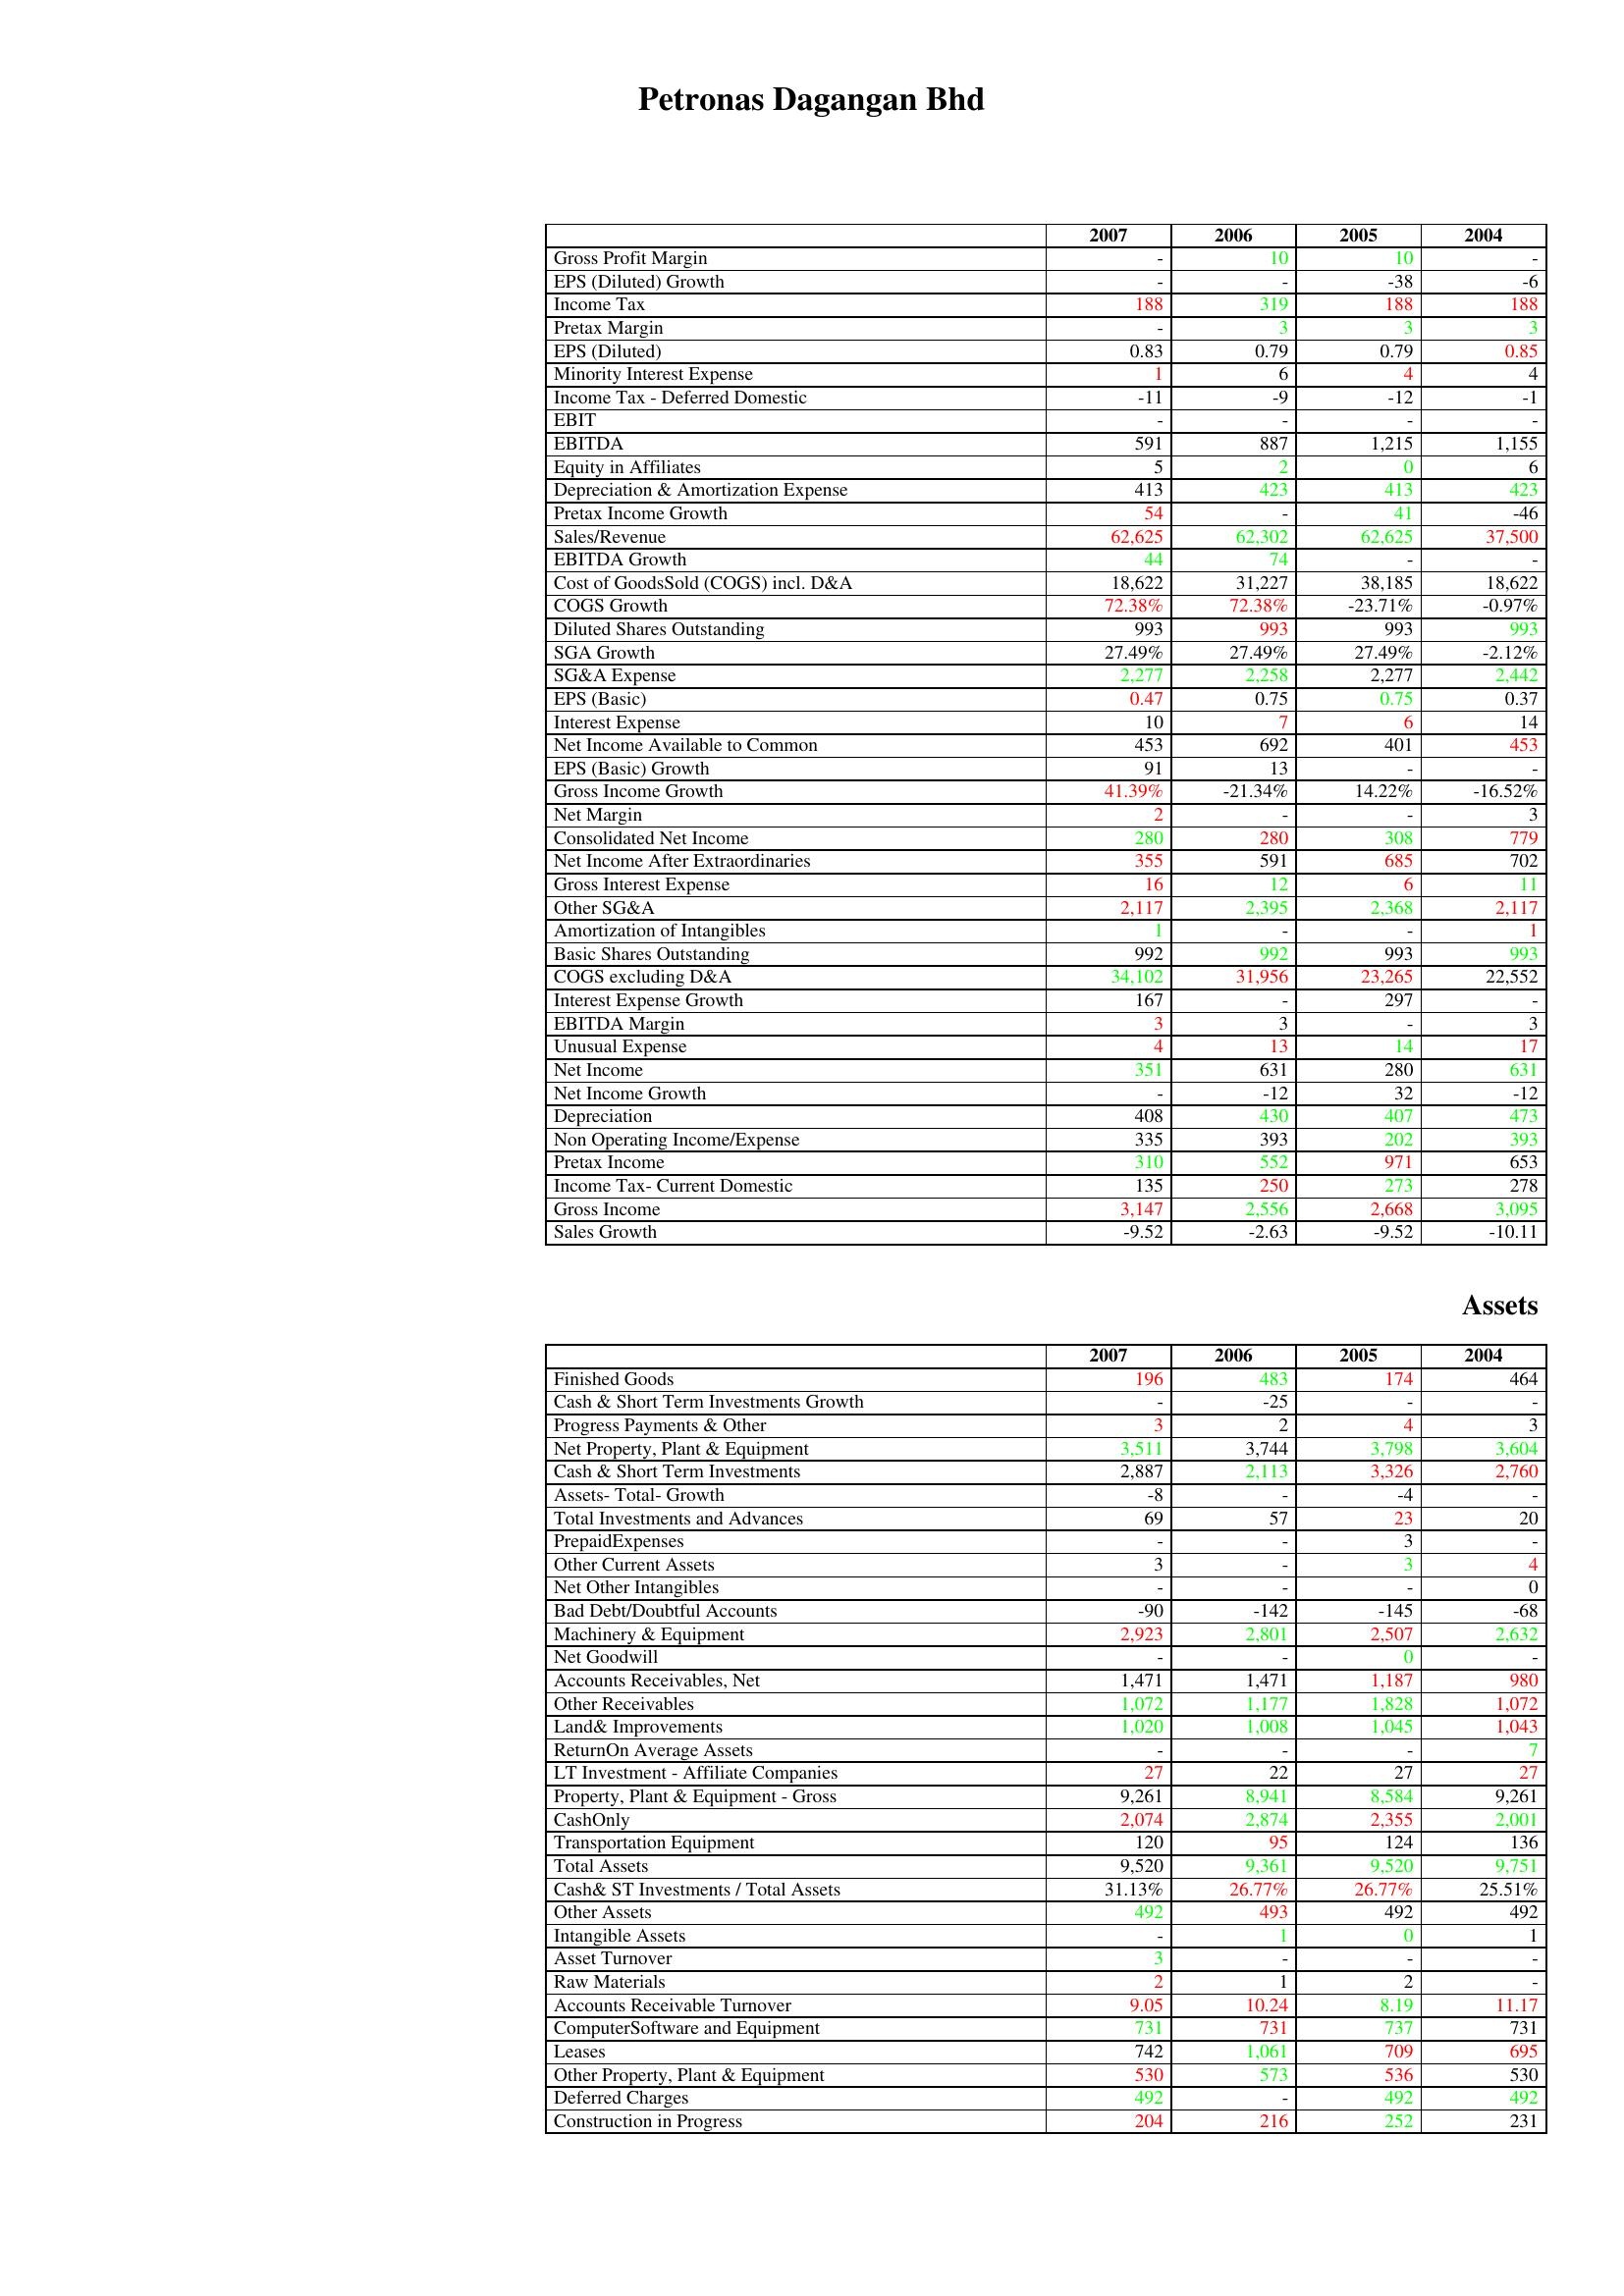
gt_parse: 2007: : Gross Profit Margin: -
EPS (Diluted) Growth: -
Income Tax: 188
Pretax Margin: -
EPS (Diluted): 0.83
Minority Interest Expense: 1
Income Tax - Deferred Domestic: -11
EBIT: -
EBITDA: 591
Equity in Affiliates: 5
Depreciation & Amortization Expense: 413
Pretax Income Growth: 54
Sales/Revenue: 62,625
EBITDA Growth: 44
Cost of GoodsSold (COGS) incl. D&A: 18,622
COGS Growth: 72.38%
Diluted Shares Outstanding: 993
SGA Growth: 27.49%
SG&A Expense: 2,277
EPS (Basic): 0.47
Interest Expense: 10
Net Income Available to Common: 453
EPS (Basic) Growth: 91
Gross Income Growth: 41.39%
Net Margin: 2
Consolidated Net Income: 280
Net Income After Extraordinaries: 355
Gross Interest Expense: 16
Other SG&A: 2,117
Amortization of Intangibles: 1
Basic Shares Outstanding: 992
COGS excluding D&A: 34,102
Interest Expense Growth: 167
EBITDA Margin: 3
Unusual Expense: 4
Net Income: 351
Net Income Growth: -
Depreciation: 408
Non Operating Income/Expense: 335
Pretax Income: 310
Income Tax- Current Domestic: 135
Gross Income: 3,147
Sales Growth: -9.52
Assets: Finished Goods: 196
Cash & Short Term Investments Growth: -
Progress Payments & Other: 3
Net Property, Plant & Equipment: 3,511
Cash & Short Term Investments: 2,887
Assets- Total- Growth: -8
Total Investments and Advances: 69
PrepaidExpenses: -
Other Current Assets: 3
Net Other Intangibles: -
Bad Debt/Doubtful Accounts: -90
Machinery & Equipment: 2,923
Net Goodwill: -
Accounts Receivables, Net: 1,471
Other Receivables: 1,072
Land& Improvements: 1,020
ReturnOn Average Assets: -
LT Investment - Affiliate Companies: 27
Property, Plant & Equipment - Gross : 9,261
CashOnly: 2,074
Transportation Equipment: 120
Total Assets: 9,520
Cash& ST Investments / Total Assets: 31.13%
Other Assets: 492
Intangible Assets: -
Asset Turnover: 3
Raw Materials: 2
Accounts Receivable Turnover: 9.05
ComputerSoftware and Equipment: 731
Leases: 742
Other Property, Plant & Equipment: 530
Deferred Charges: 492
Construction in Progress: 204
2006: : Gross Profit Margin: 10
EPS (Diluted) Growth: -
Income Tax: 319
Pretax Margin: 3
EPS (Diluted): 0.79
Minority Interest Expense: 6
Income Tax - Deferred Domestic: -9
EBIT: -
EBITDA: 887
Equity in Affiliates: 2
Depreciation & Amortization Expense: 423
Pretax Income Growth: -
Sales/Revenue: 62,302
EBITDA Growth: 74
Cost of GoodsSold (COGS) incl. D&A: 31,227
COGS Growth: 72.38%
Diluted Shares Outstanding: 993
SGA Growth: 27.49%
SG&A Expense: 2,258
EPS (Basic): 0.75
Interest Expense: 7
Net Income Available to Common: 692
EPS (Basic) Growth: 13
Gross Income Growth: -21.34%
Net Margin: -
Consolidated Net Income: 280
Net Income After Extraordinaries: 591
Gross Interest Expense: 12
Other SG&A: 2,395
Amortization of Intangibles: -
Basic Shares Outstanding: 992
COGS excluding D&A: 31,956
Interest Expense Growth: -
EBITDA Margin: 3
Unusual Expense: 13
Net Income: 631
Net Income Growth: -12
Depreciation: 430
Non Operating Income/Expense: 393
Pretax Income: 552
Income Tax- Current Domestic: 250
Gross Income: 2,556
Sales Growth: -2.63
Assets: Finished Goods: 483
Cash & Short Term Investments Growth: -25
Progress Payments & Other: 2
Net Property, Plant & Equipment: 3,744
Cash & Short Term Investments: 2,113
Assets- Total- Growth: -
Total Investments and Advances: 57
PrepaidExpenses: -
Other Current Assets: -
Net Other Intangibles: -
Bad Debt/Doubtful Accounts: -142
Machinery & Equipment: 2,801
Net Goodwill: -
Accounts Receivables, Net: 1,471
Other Receivables: 1,177
Land& Improvements: 1,008
ReturnOn Average Assets: -
LT Investment - Affiliate Companies: 22
Property, Plant & Equipment - Gross : 8,941
CashOnly: 2,874
Transportation Equipment: 95
Total Assets: 9,361
Cash& ST Investments / Total Assets: 26.77%
Other Assets: 493
Intangible Assets: 1
Asset Turnover: -
Raw Materials: 1
Accounts Receivable Turnover: 10.24
ComputerSoftware and Equipment: 731
Leases: 1,061
Other Property, Plant & Equipment: 573
Deferred Charges: -
Construction in Progress: 216
2005: : Gross Profit Margin: 10
EPS (Diluted) Growth: -38
Income Tax: 188
Pretax Margin: 3
EPS (Diluted): 0.79
Minority Interest Expense: 4
Income Tax - Deferred Domestic: -12
EBIT: -
EBITDA: 1,215
Equity in Affiliates: 0
Depreciation & Amortization Expense: 413
Pretax Income Growth: 41
Sales/Revenue: 62,625
EBITDA Growth: -
Cost of GoodsSold (COGS) incl. D&A: 38,185
COGS Growth: -23.71%
Diluted Shares Outstanding: 993
SGA Growth: 27.49%
SG&A Expense: 2,277
EPS (Basic): 0.75
Interest Expense: 6
Net Income Available to Common: 401
EPS (Basic) Growth: -
Gross Income Growth: 14.22%
Net Margin: -
Consolidated Net Income: 308
Net Income After Extraordinaries: 685
Gross Interest Expense: 6
Other SG&A: 2,368
Amortization of Intangibles: -
Basic Shares Outstanding: 993
COGS excluding D&A: 23,265
Interest Expense Growth: 297
EBITDA Margin: -
Unusual Expense: 14
Net Income: 280
Net Income Growth: 32
Depreciation: 407
Non Operating Income/Expense: 202
Pretax Income: 971
Income Tax- Current Domestic: 273
Gross Income: 2,668
Sales Growth: -9.52
Assets: Finished Goods: 174
Cash & Short Term Investments Growth: -
Progress Payments & Other: 4
Net Property, Plant & Equipment: 3,798
Cash & Short Term Investments: 3,326
Assets- Total- Growth: -4
Total Investments and Advances: 23
PrepaidExpenses: 3
Other Current Assets: 3
Net Other Intangibles: -
Bad Debt/Doubtful Accounts: -145
Machinery & Equipment: 2,507
Net Goodwill: 0
Accounts Receivables, Net: 1,187
Other Receivables: 1,828
Land& Improvements: 1,045
ReturnOn Average Assets: -
LT Investment - Affiliate Companies: 27
Property, Plant & Equipment - Gross : 8,584
CashOnly: 2,355
Transportation Equipment: 124
Total Assets: 9,520
Cash& ST Investments / Total Assets: 26.77%
Other Assets: 492
Intangible Assets: 0
Asset Turnover: -
Raw Materials: 2
Accounts Receivable Turnover: 8.19
ComputerSoftware and Equipment: 737
Leases: 709
Other Property, Plant & Equipment: 536
Deferred Charges: 492
Construction in Progress: 252
2004: : Gross Profit Margin: -
EPS (Diluted) Growth: -6
Income Tax: 188
Pretax Margin: 3
EPS (Diluted): 0.85
Minority Interest Expense: 4
Income Tax - Deferred Domestic: -1
EBIT: -
EBITDA: 1,155
Equity in Affiliates: 6
Depreciation & Amortization Expense: 423
Pretax Income Growth: -46
Sales/Revenue: 37,500
EBITDA Growth: -
Cost of GoodsSold (COGS) incl. D&A: 18,622
COGS Growth: -0.97%
Diluted Shares Outstanding: 993
SGA Growth: -2.12%
SG&A Expense: 2,442
EPS (Basic): 0.37
Interest Expense: 14
Net Income Available to Common: 453
EPS (Basic) Growth: -
Gross Income Growth: -16.52%
Net Margin: 3
Consolidated Net Income: 779
Net Income After Extraordinaries: 702
Gross Interest Expense: 11
Other SG&A: 2,117
Amortization of Intangibles: 1
Basic Shares Outstanding: 993
COGS excluding D&A: 22,552
Interest Expense Growth: -
EBITDA Margin: 3
Unusual Expense: 17
Net Income: 631
Net Income Growth: -12
Depreciation: 473
Non Operating Income/Expense: 393
Pretax Income: 653
Income Tax- Current Domestic: 278
Gross Income: 3,095
Sales Growth: -10.11
Assets: Finished Goods: 464
Cash & Short Term Investments Growth: -
Progress Payments & Other: 3
Net Property, Plant & Equipment: 3,604
Cash & Short Term Investments: 2,760
Assets- Total- Growth: -
Total Investments and Advances: 20
PrepaidExpenses: -
Other Current Assets: 4
Net Other Intangibles: 0
Bad Debt/Doubtful Accounts: -68
Machinery & Equipment: 2,632
Net Goodwill: -
Accounts Receivables, Net: 980
Other Receivables: 1,072
Land& Improvements: 1,043
ReturnOn Average Assets: 7
LT Investment - Affiliate Companies: 27
Property, Plant & Equipment - Gross : 9,261
CashOnly: 2,001
Transportation Equipment: 136
Total Assets: 9,751
Cash& ST Investments / Total Assets: 25.51%
Other Assets: 492
Intangible Assets: 1
Asset Turnover: -
Raw Materials: -
Accounts Receivable Turnover: 11.17
ComputerSoftware and Equipment: 731
Leases: 695
Other Property, Plant & Equipment: 530
Deferred Charges: 492
Construction in Progress: 231